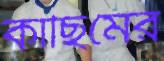
কাছিমের